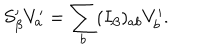
S _ { \beta } ^ { \prime } V _ { a } ^ { \prime } = \sum _ { b } ( I _ { \beta } ) _ { a b } V _ { b } ^ { \prime } .